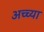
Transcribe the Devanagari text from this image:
अच्च्या